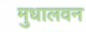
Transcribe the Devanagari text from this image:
मुधालवन